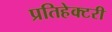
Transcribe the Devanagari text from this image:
प्रतिहेक्टरी